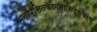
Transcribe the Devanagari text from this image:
मनोप्सितकामनासिद्धयर्थं